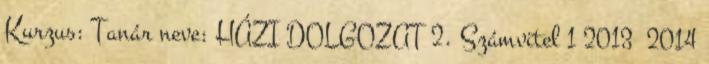
Kurzus: Tanár neve: HÁZI DOLGOZAT 2. Számvitel 1 2013 2014